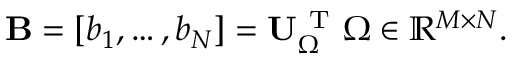
{ \bf B } = [ b _ { 1 } , \ldots , b _ { N } ] = { \bf U } _ { \Omega } ^ { \mathrm { ~ T ~ } } { \Omega } \in \mathbb { R } ^ { M \times N } .